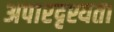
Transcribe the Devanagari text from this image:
अपारदृश्यता